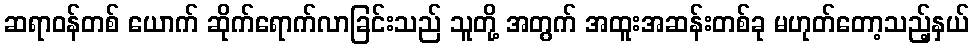
ဆရာဝန်တစ် ယောက် ဆိုက်ရောက်လာခြင်းသည် သူတို့ အတွက် အထူးအဆန်းတစ်ခု မဟုတ်တော့သည့်နှယ်